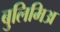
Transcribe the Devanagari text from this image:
बुलिमिअ